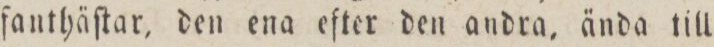
fanthäſtar, den ena efter den andra, ända till